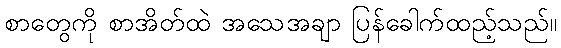
စာတွေကို စာအိတ်ထဲ အသေအချာ ပြန်ခေါက်ထည့်သည်။